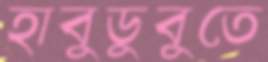
হাবুডুবুতে